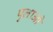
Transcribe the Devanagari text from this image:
पुलाओ